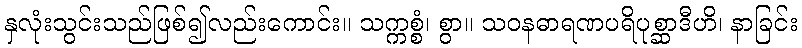
နှလုံးသွင်းသည်ဖြစ်၍လည်းကောင်း။ သက္ကစ္စံ၊ စွာ။ သဝနဓာရဏပရိပုစ္ဆာဒီဟိ၊ နာခြင်း